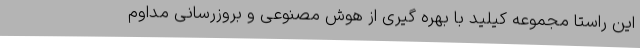
این راستا مجموعه کیلید با بهره گیری از هوش مصنوعی و بروزرسانی مداوم